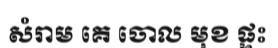
សំរាម គេ ចោល មុខ ផ្ទះ